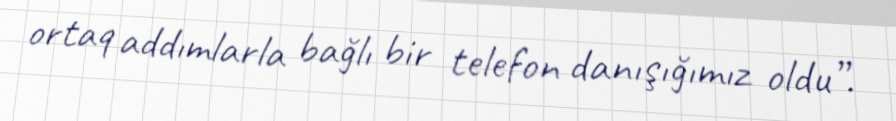
ortaq addımlarla bağlı bir telefon danışığımız oldu”.